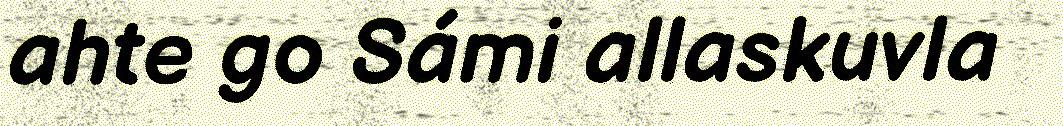
ahte go Sámi allaskuvla